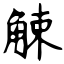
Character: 觫